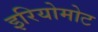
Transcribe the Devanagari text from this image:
इरियोमोट